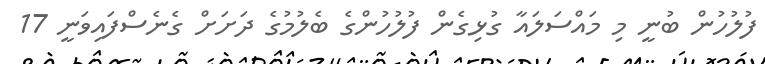
ފުލުހުން ބުނީ މި މައްސަލައާ ގުޅިގެން ފުލުހުންގެ ބެލުމުގެ ދަށަށް ގެނެސްފައިވަނީ 17